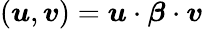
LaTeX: (\boldsymbol{u},\boldsymbol{v})=\boldsymbol{u}\cdot\boldsymbol{\beta}\cdot\boldsymbol{v}